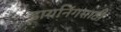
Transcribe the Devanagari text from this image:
डायनिंगसाठी